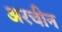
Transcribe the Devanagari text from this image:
अरचीन